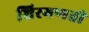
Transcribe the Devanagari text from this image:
शिरगणती